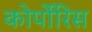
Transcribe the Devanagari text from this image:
कोर्पोरिस